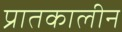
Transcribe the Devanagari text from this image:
प्रातकालीन